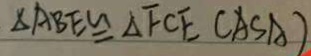
\Delta A B E \cong \Delta F C E ( A S A )